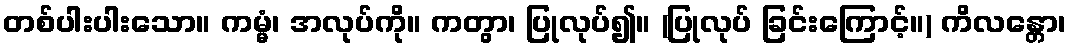
တစ်ပါးပါးသော။ ကမ္မံ၊ အလုပ်ကို။ ကတွာ၊ ပြုလုပ်၍။ (ပြုလုပ် ခြင်းကြောင့်။) ကိလန္တော၊